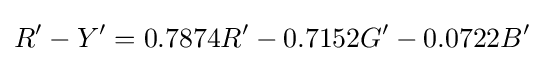
R'-Y'=0.7874R'-0.7152G'-0.0722B'